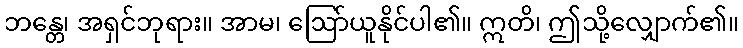
ဘန္တေ၊ အရှင်ဘုရား။ အာမ၊ ဩော်ယူနိုင်ပါ၏။ ဣတိ၊ ဤသို့လျှောက်၏။